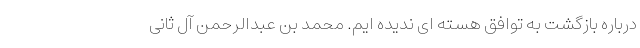
درباره بازگشت به توافق هسته ای ندیده ایم. محمد بن عبدالرحمن آل ثانی